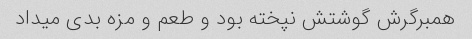
همبرگرش گوشتش نپخته بود و طعم و مزه بدی میداد